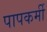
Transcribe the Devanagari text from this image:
पापकर्मी